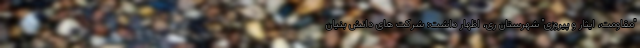
"مقاومت، ایثار و پیروزی" شهرستان ری، اظهار داشت: شرکت های دانش بنیان